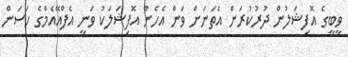
ވީބީގެ އޮފިޝަލުން ދުރުކުރަން އެތަނަށް ވަން އެހެން އޮފިޝަލަކު ވަނީ އެފްއޭއެމްގެ ހަސަން